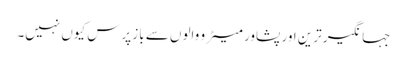
جہانگیر ترین اور پشاور میٹرو والوں سے باز پرس کیوں نہیں۔